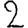
Digit: 2